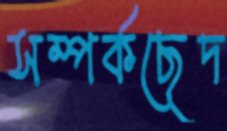
সম্পর্কছেদ